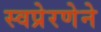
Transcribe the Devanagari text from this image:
स्वप्रेरणेने